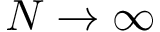
N \rightarrow \infty